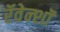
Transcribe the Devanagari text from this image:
रॅवेन्शॉ